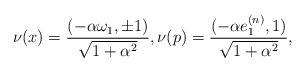
LaTeX: \begin{align*}\nu(x ) = \frac{ ( -\alpha \omega_1, \pm 1)}{\sqrt{1+\alpha^2}} ,\nu(p) = \frac{ ( -\alpha e_1^{(n)}, 1)}{\sqrt{1+\alpha^2}} ,\end{align*}